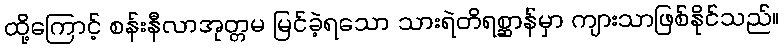
ထို့ကြောင့် စန်းနီလာအုတ္တမ မြင်ခဲ့ရသော သားရဲတိရစ္ဆာန်မှာ ကျားသာဖြစ်နိုင်သည်။